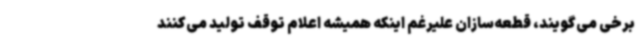
برخی می‌گویند، قطعه‌سازان علیرغم اینکه همیشه اعلام توقف تولید می‌کنند